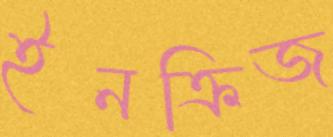
ইনক্রিজ